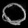
Digit: ၀